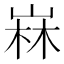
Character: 𡹇